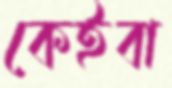
কেইবা